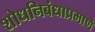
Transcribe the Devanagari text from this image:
शोधनिबंधाप्रमाणे